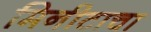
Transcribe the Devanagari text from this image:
मिनीटाचा